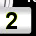
Digit: 2